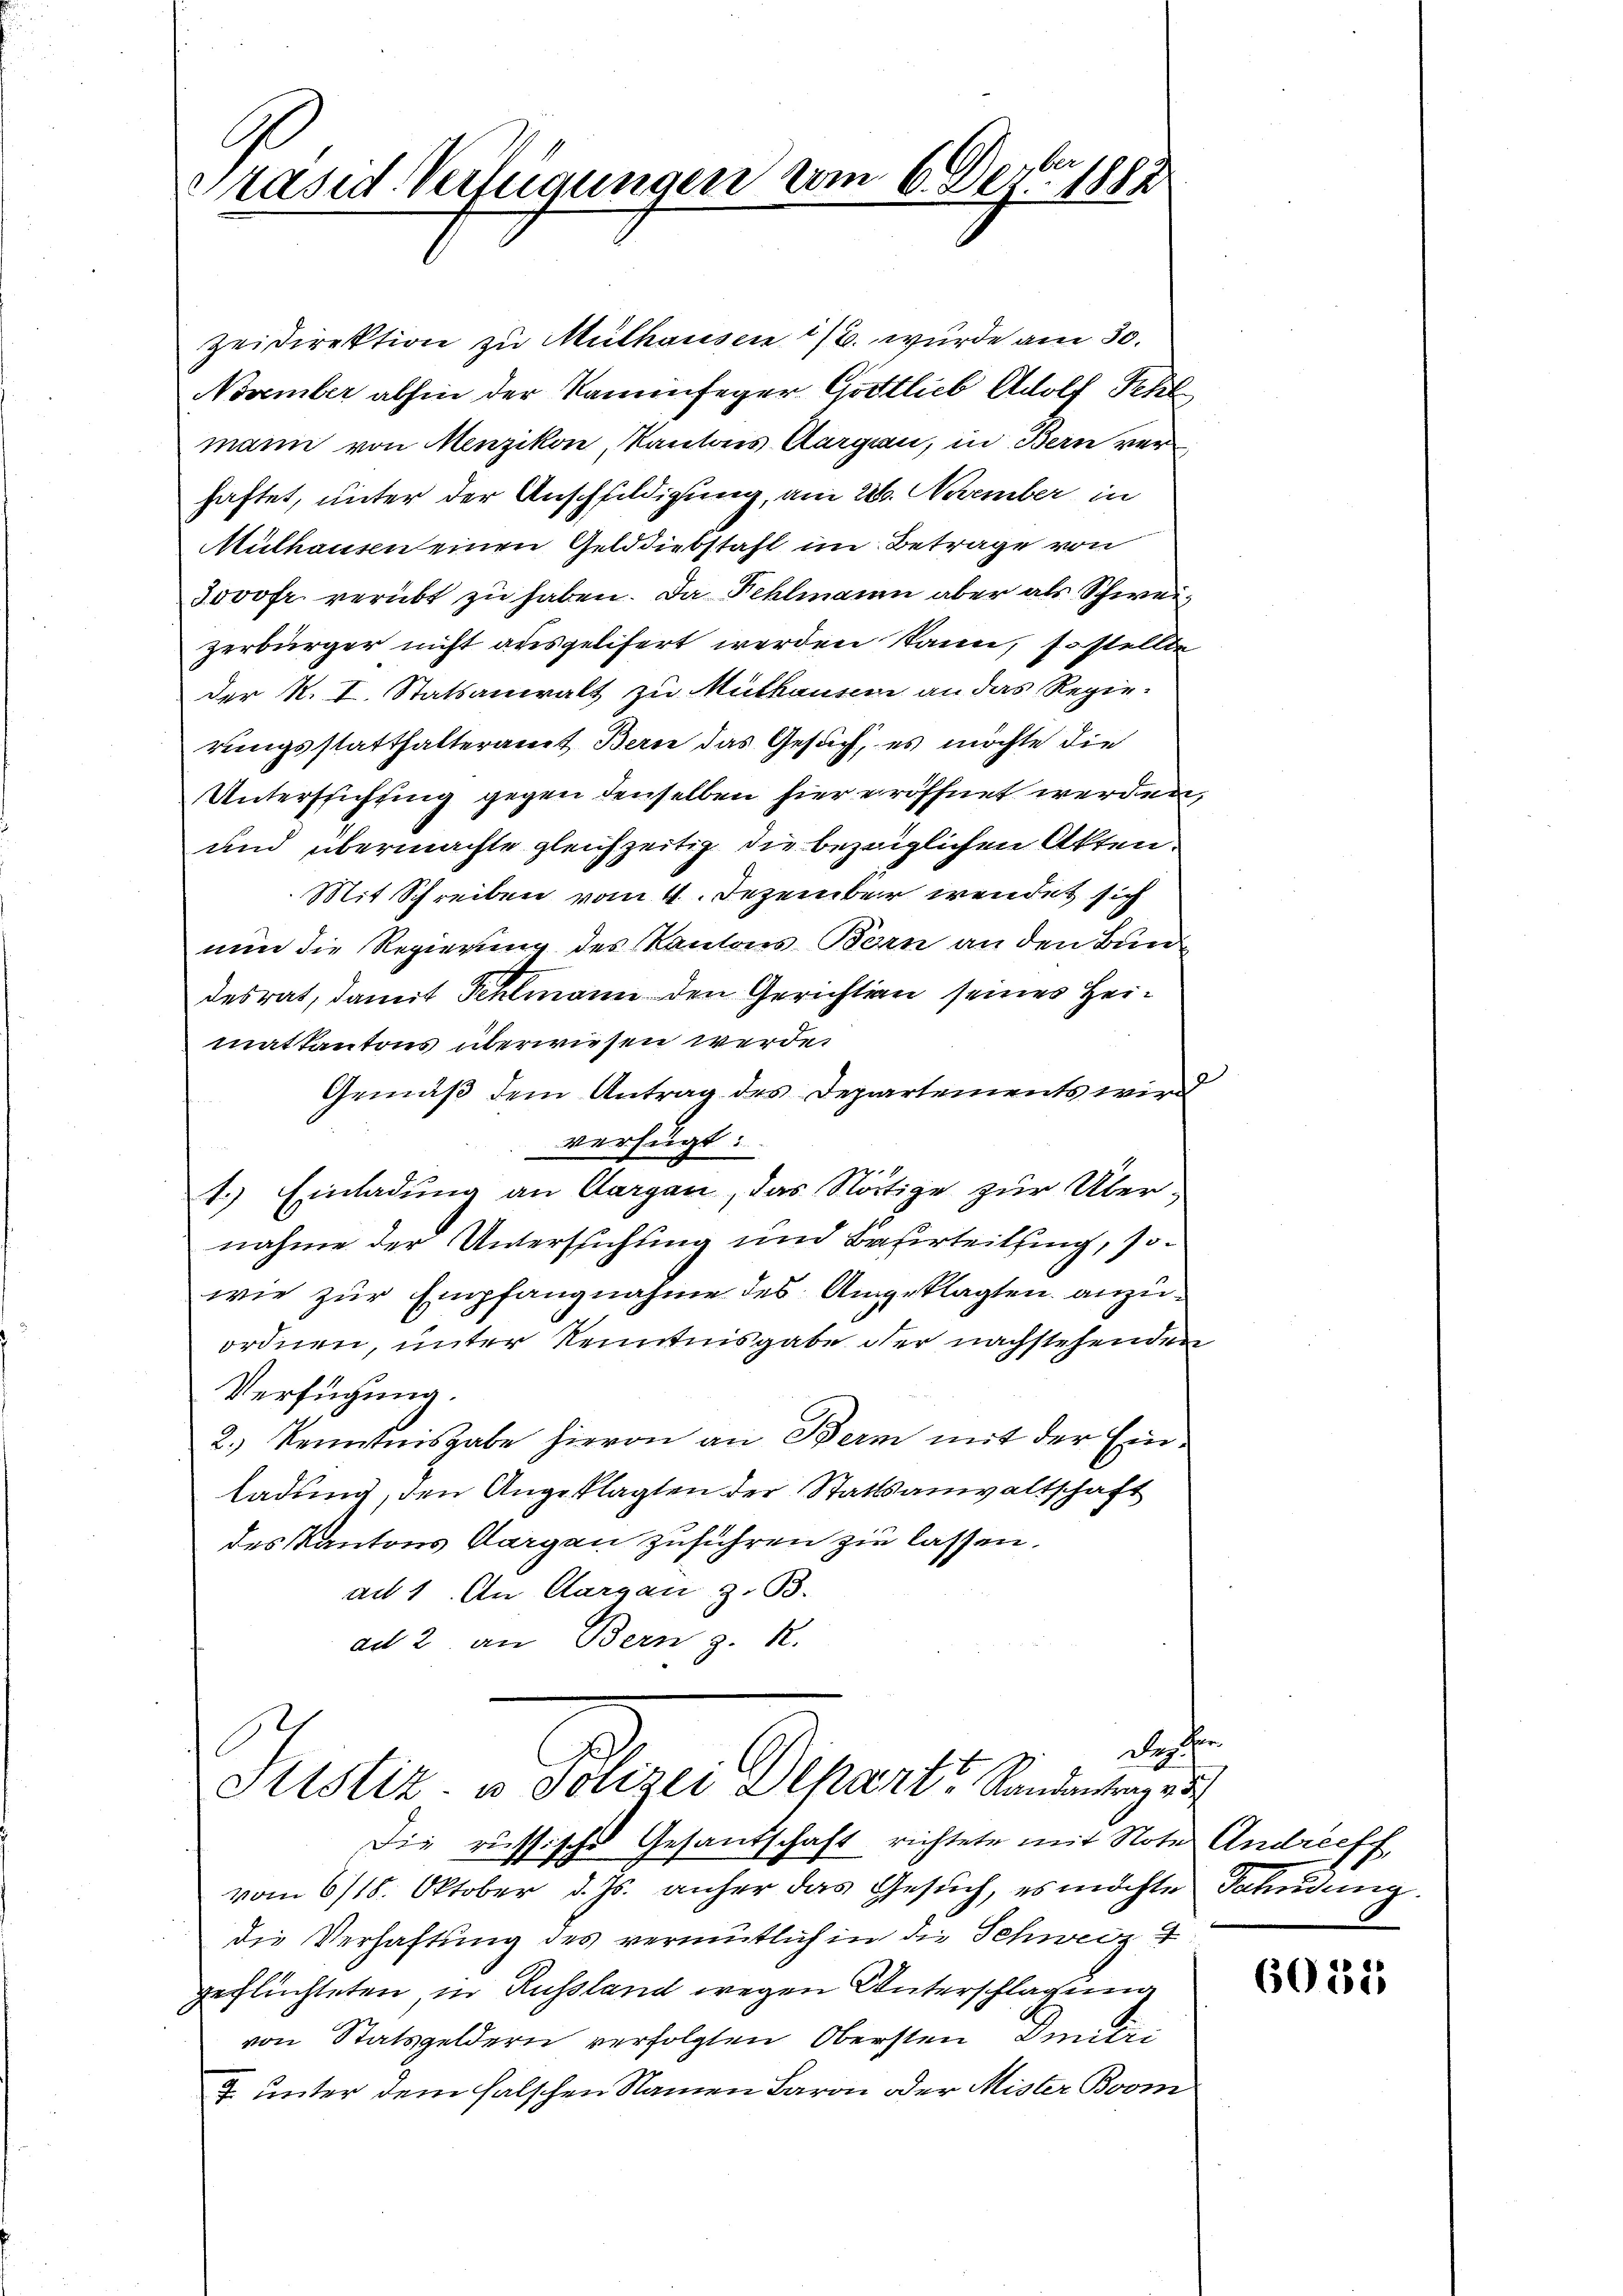
Präsid. Verfügungen vom 6. Dez. 1882

zeidirektion zu Mülhausen 1/2. wurde am 30.
November abhin der Kaminfeger Gottlieb Adolf Schl
mann von Menzikon Kantons Aargau, in Bern ver
haftet, unter der Anschuldigung, am 226. November in
Mülhausen einen Gelddiebstaft im Betrage von
Jovofr. verübt zu haben. Da Fehlmann aber als Schweizerbürger nicht ausgelifert werden kann, so stellte
der K. I. Statsanwalt zu Mülhausen an das Regierungsstatthalteramt Bern das Gesuch, es möchte die
Untersuchung gegen denselben hier eröffnet werden,
und übermachte gleichzeitig die bezüglichen Akten.
Mit Schreiben vom 4. Dezember wendet sich
nun die Regierung des Kantons Bern an den Bun
desrat, damit Fehlmann den Gerichtin seines Heimatkantons überwiesen werde.
Gemäß dem Antrag des Departements wird
verfügt:
1.) Einladung an Aargau, das Nötige zur Über-
nahme der Untersuchung und Bauerteilung, sowie zur Empfangnahme des Angeklagten anzuordnen, unter Kenntnisgabe der nachstehenden
Verfügung.
2.) Kenntnisgabe hievon an Bern mit der Einladung, den Angeklagten der Stattsanwaltschaft
des Kantons Aargau zuführen zu lassen.
ad 1. An Aargau, z. B.
ad 2. an Bern z. R.

vom 6/18. Oktober d. Js. anher das Gesuch, es möchte Fahndung.
die Verhaftung des vermutlich in die Schweiz 4
geflüchteten, in Russland wegen Unterschlagung
von Statsgeldern verfolgten Obersten Imitan
7. unter dem falschen Namen Baron oder Mister Bvom

Sistiz u. Polizei Depart Randantrage
Die russische Gesandschaft richtete mit Note Andreeff,

Das hin

6032